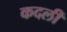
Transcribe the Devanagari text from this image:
कदलीं